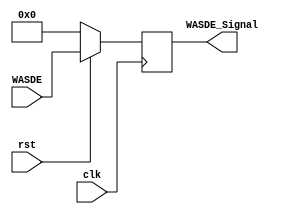
`timescale 1ns / 1ps
//////////////////////////////////////////////////////////////////////////////////
// 
// 
// Design Name: WASDY
// Module Name: WASDY
// Project Name: 
// Target Devices: 
// Tool Versions: 
// Description: WASDY
// 
// Dependencies: 
// 
// Revision:
// Revision 0.01 - File Created
// Additional Comments:
// 
//////////////////////////////////////////////////////////////////////////////////


module WASDY(
    input [4:0] WASDE, //5
    input clk,
    input rst,
    output reg [4:0] WASDE_Signal //
    );
    
    always @(posedge clk)
    begin
        if(!rst)
            WASDE_Signal <= 0;
        else
            WASDE_Signal <= WASDE;    //

    end
         
    
endmodule